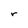
Character: r